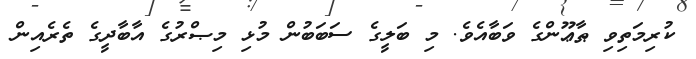
ކުރިމަތިވި ޠާޢޫންގެ ވަބާއެވެ. މި ބަލީގެ ސަބަބުން މުޅި މިޞްރުގެ އާބާދީގެ ތެރެއިން